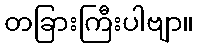
တခြားကြီးပါဗျာ။